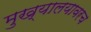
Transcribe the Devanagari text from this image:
मुख्यालयावरच